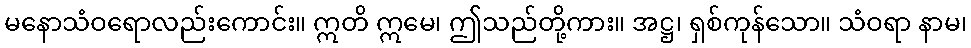
မနောသံဝရောလည်းကောင်း။ ဣတိ ဣမေ၊ ဤသည်တို့ကား။ အဋ္ဌ၊ ရှစ်ကုန်သော။ သံဝရာ နာမ၊